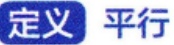
定义 平行